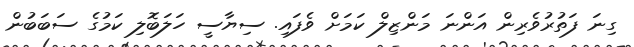
ގިނަ ފަތުރުވެރިން އަންނަ މަންޒިލް ކަމަށް ވެފައި. ސިޔާސީ ހަލަބޮލި ކަމުގެ ސަބަބުން